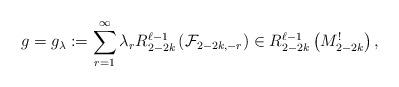
LaTeX: \begin{align*}g=g_{\lambda}:=\sum_{r=1}^{\infty}\lambda_rR_{2-2k}^{\ell-1}\left(\mathcal{F}_{2-2k,-r}\right)\in R_{2-2k}^{\ell-1}\left(M_{2-2k}^!\right), \end{align*}